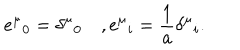
LaTeX: e ^ { \mu } { } _ { 0 } = \delta ^ { \mu } { } _ { 0 } \quad , e ^ { \mu } { } _ { i } = \frac { 1 } { a } \delta ^ { \mu } { } _ { i } .